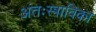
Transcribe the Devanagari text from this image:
अंतःस्त्राविका